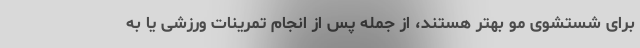
برای شستشوی مو بهتر هستند، از جمله پس از انجام تمرینات ورزشی یا به